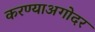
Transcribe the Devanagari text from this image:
करण्याअगोदर